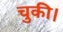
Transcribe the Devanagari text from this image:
चुकी।